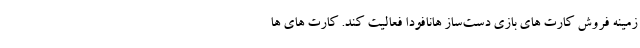
زمینه فروش کارت های بازی دست‌ساز هانافودا فعالیت کند. کارت های ها